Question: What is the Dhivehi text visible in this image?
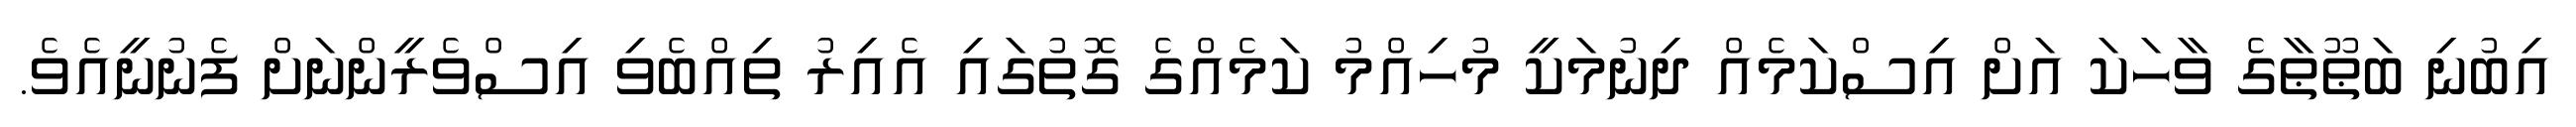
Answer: އިބުނި ބަޠޫޠާގެ ވާހަކަ އަށް އިސްކަމެއް ދިނުމަކީ މުހިއްމު ކަމެއްގެ ގޮތުގައި އެއިރު ތިއްބެވި އިސްވެރީންނަށް ފެނުނީއެވެ.